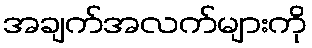
အချက်အလက်များကို